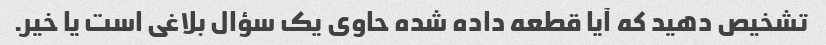
تشخیص دهید که آیا قطعه داده شده حاوی یک سؤال بلاغی است یا خیر.